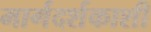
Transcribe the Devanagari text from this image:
मार्गदर्शकाशी